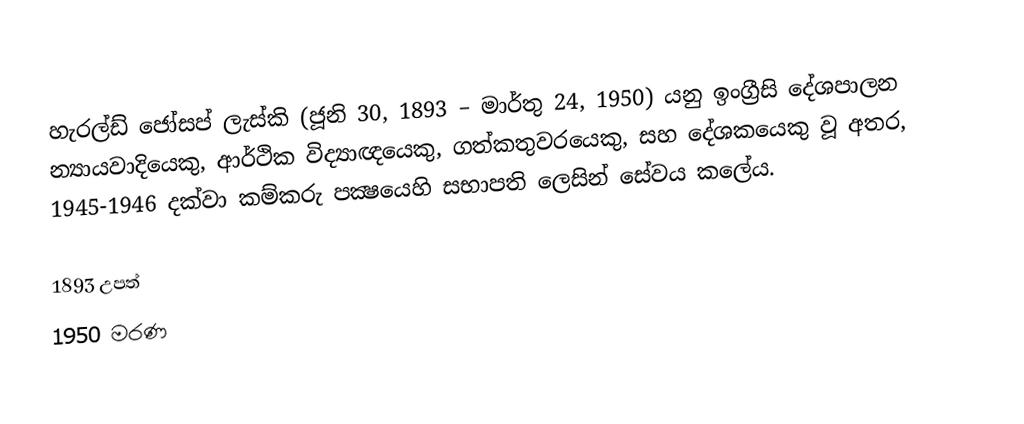
හැරල්ඩ් ජෝසප් ලැස්කි (ජූනි 30, 1893 – මාර්තු 24, 1950) යනු ඉංග්‍රීසි දේශපාලන න්‍යායවාදියෙකු, ආර්ථික විද්‍යාඥයෙකු, ගත්කතුවරයෙකු, සහ දේශකයෙකු වූ අතර, 1945-1946 දක්වා කම්කරු පක්‍ෂයෙහි සභාපති ලෙසින් සේවය කලේය.

1893 උපත්
1950 මරණ